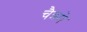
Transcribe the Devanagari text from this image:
चैत्रमे